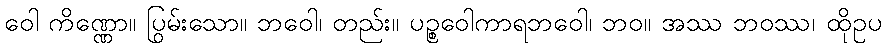
ဝေါ ကိဏ္ဏော။ ပြွမ်းသော။ ဘဝေါ၊ တည်း။ ပဉ္စဝေါကာရဘဝေါ၊ ဘဝ။ အဿ ဘဝဿ၊ ထိုဥပ